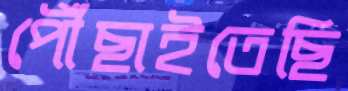
পৌঁছাইতেছি